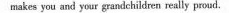
makes you and your grandchildren really proud.